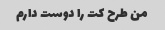
من طرح کت را دوست دارم